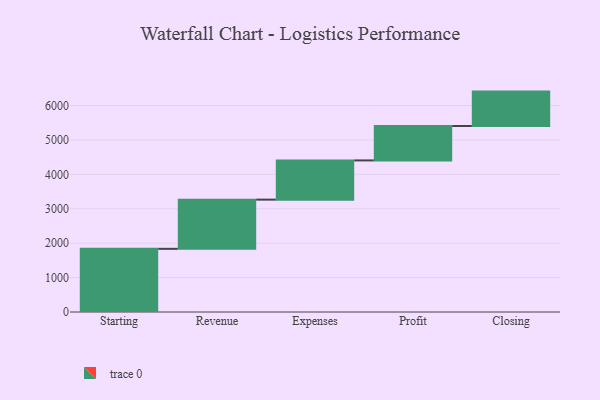
{"axis": {"x": "Step", "y": "Value"}, "legend": [""], "data": [{"x": "Starting", "y": 1836.0, "type": ""}, {"x": "Revenue", "y": 1430.0, "type": ""}, {"x": "Expenses", "y": 1140.0, "type": ""}, {"x": "Profit", "y": 1000, "type": ""}, {"x": "Closing", "y": 1000, "type": ""}]}